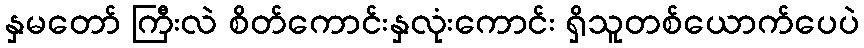
နှမတော် ကြီးလဲ စိတ်ကောင်းနှလုံးကောင်း ရှိသူတစ်ယောက်ပေပဲ